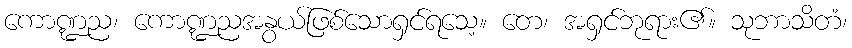
ကောဏ္ဍည၊ ကောဏ္ဍညအနွယ်ဖြစ်သောရှင်ရသေ့။ တေ၊ အရှင်ဘုရား၏။ သုဘာသိတံ၊